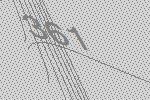
361